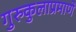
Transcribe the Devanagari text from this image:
गुरुकुलाप्रमाणे